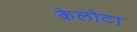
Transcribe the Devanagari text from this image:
केलोटा